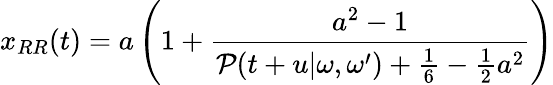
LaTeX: x_{RR}(t)=a\left(1+\frac{a^{2}-1}{{\cal P}(t+u|\omega,\omega^{\prime})+\frac{1}{6}-{\frac{1}{2}}a^{2}}\right)